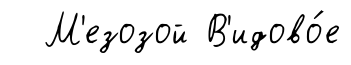
М'езозой В'идово́е